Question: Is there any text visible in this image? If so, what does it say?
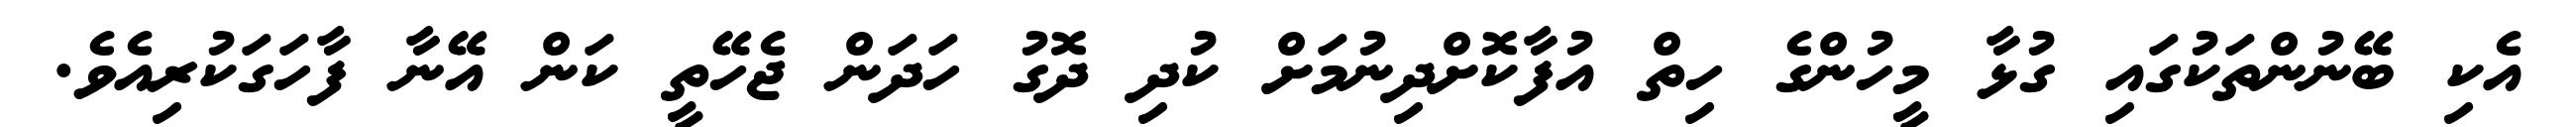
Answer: އެކި ބޭނުންތަކުގައި ގުޅާ މީހުންގެ ހިތް އުފާކޮށްދިނުމަށް ކުދި ދޮގު ހަދަން ޖެހޭތީ ކަން އޭނާ ފާހަގަކުރިއެވެ.